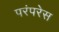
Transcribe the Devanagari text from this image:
परंपरेस